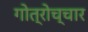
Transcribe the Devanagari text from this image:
गोत्रोच्चार